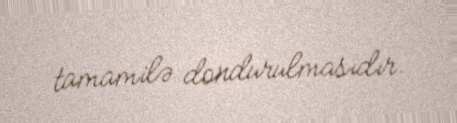
tamamilə dondurulmasıdır.